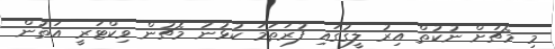
މި މެޗަށް ނުކުތް އިރު ލީގުގައި ފުރަތަމަ ކުޅުނު މެޗުން ވިކްޓަރީ އަތުން